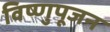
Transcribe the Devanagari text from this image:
विष्णुपूजन